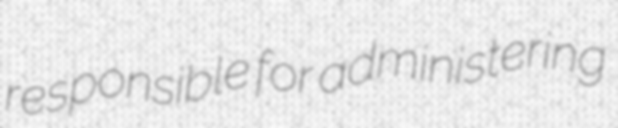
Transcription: responsible for administering